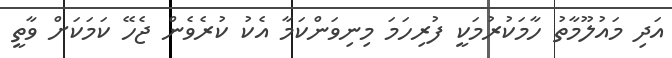
އަދި މައުލޫމާތު ހާމަކުރުމަކީ ފުރިހަމަ މިނިވަންކަމާ އެކު ކުރެވެން ޖެހޭ ކަމަކަށް ވާތީ